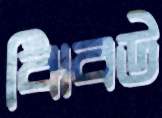
ঝিবউ